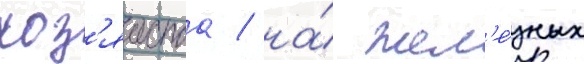
хоз'яиства / на́ жел'е́зных